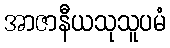
အာဇာနီယသုသူပမံ